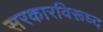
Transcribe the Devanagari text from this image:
सरकारविरूध्द